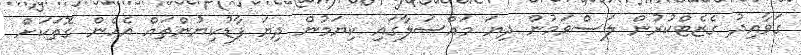
ގަވާއިދު ގެޒެޓްކުރުން ލަސްވަމުން ދިޔަ މައްސަލާގައި ކިޔަމުން ދިޔަ ފާޑުކިޔުންތައް އެހެން ގޮތަކަށް